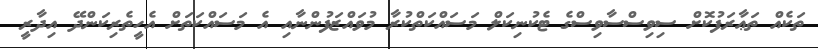
ތަކެއް ތަޢާރަފުކޮށް ސިވިސްސާވިސްގެ ޓެކުނިކަލް މަސައްކަތްކުރާ މުވައްޒަފުންނާއި އެ މަސައްކަތަށް އެހީތެރިކަންދޭ އިދާރީ